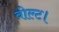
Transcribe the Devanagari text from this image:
वोल्ट।